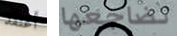
أعتقد تضاجعها